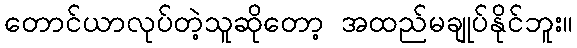
တောင်ယာလုပ်တဲ့သူဆိုတော့ အထည်မချုပ်နိုင်ဘူး။